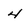
Character: 4